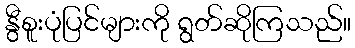
နွီစူးပုံပြင်များကို ရွတ်ဆိုကြသည်။